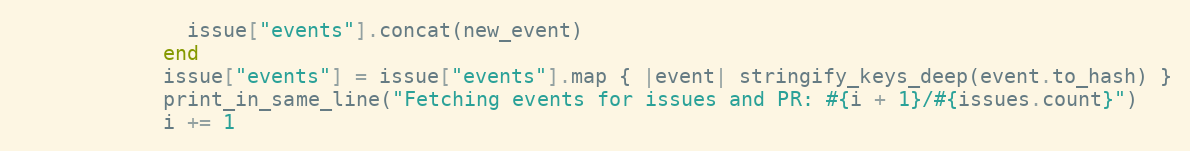
Language: Ruby
              issue["events"].concat(new_event)
            end
            issue["events"] = issue["events"].map { |event| stringify_keys_deep(event.to_hash) }
            print_in_same_line("Fetching events for issues and PR: #{i + 1}/#{issues.count}")
            i += 1